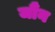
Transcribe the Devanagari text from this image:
जौंन